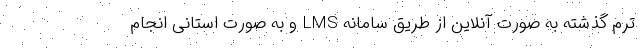
ترم گذشته به صورت آنلاین از طریق سامانه LMS و به صورت استانی انجام